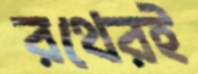
রথেরই